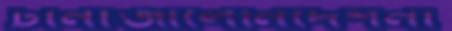
টানাজালেনির্দেশনা